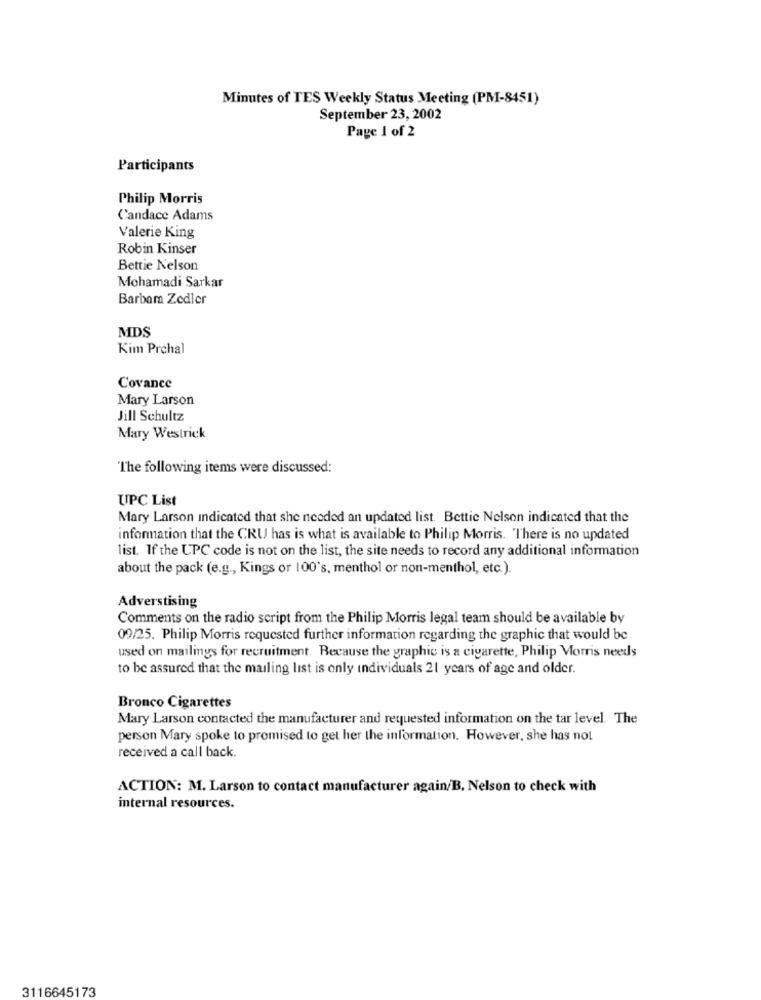
Minutes of TES Weekly Status Meeting (PM-8451)
September 23, 2002
Page 1 of 2
Participants
Philip Morris
Candace Adams
Valerie King
Robin Kinser
Bettie Nelson
Mohamadi Sarkar
Barbar Zedler
MDS
Kim Prchal
Covance
Mary Larson
Jill Schultz
Mary Westrick
The following items were discussed:
UPC List
Mary Larson indicated that she needed an updated list. Bettie Nelson indicated that the
information that the CRU has is what is available to Philip Morris. There is no updated
list. If the UPC code is not on the list, the site needs to record any additional information
about the pack (e.g ., Kings or 100's, menthol or non-menthol, etc.).
Adverstising
Comments on the radio script from the Philip Morris legal team should be available by
09/25. Philip Morris requested further information regarding the graphic that would be
used on mailings for recruitment. Because the graphic is a cigarette, Philip Morris needs
to be assured that the mailing list is only individuals 21 years of age and older.
Bronco Cigarettes
Mary Larson contacted the manufacturer and requested information on the tar level. The
person Mary spoke to promised to get her the information. However, she has not
received a call back.
ACTION: M. Larson to contact manufacturer again/B. Nelson to check with
internal resources.
3116645173